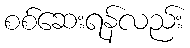
စစ်ဆေးရန်လည်း